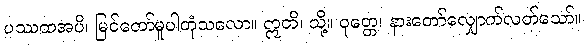
ပဿထအပိ၊ မြင်တော်မူပါတုံသလော။ ဣတိ၊ သို့။ ဝုတ္တေ၊ နားတော်လျှောက်လတ်သော်။